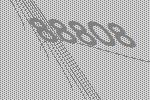
88808